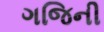
ગજિની